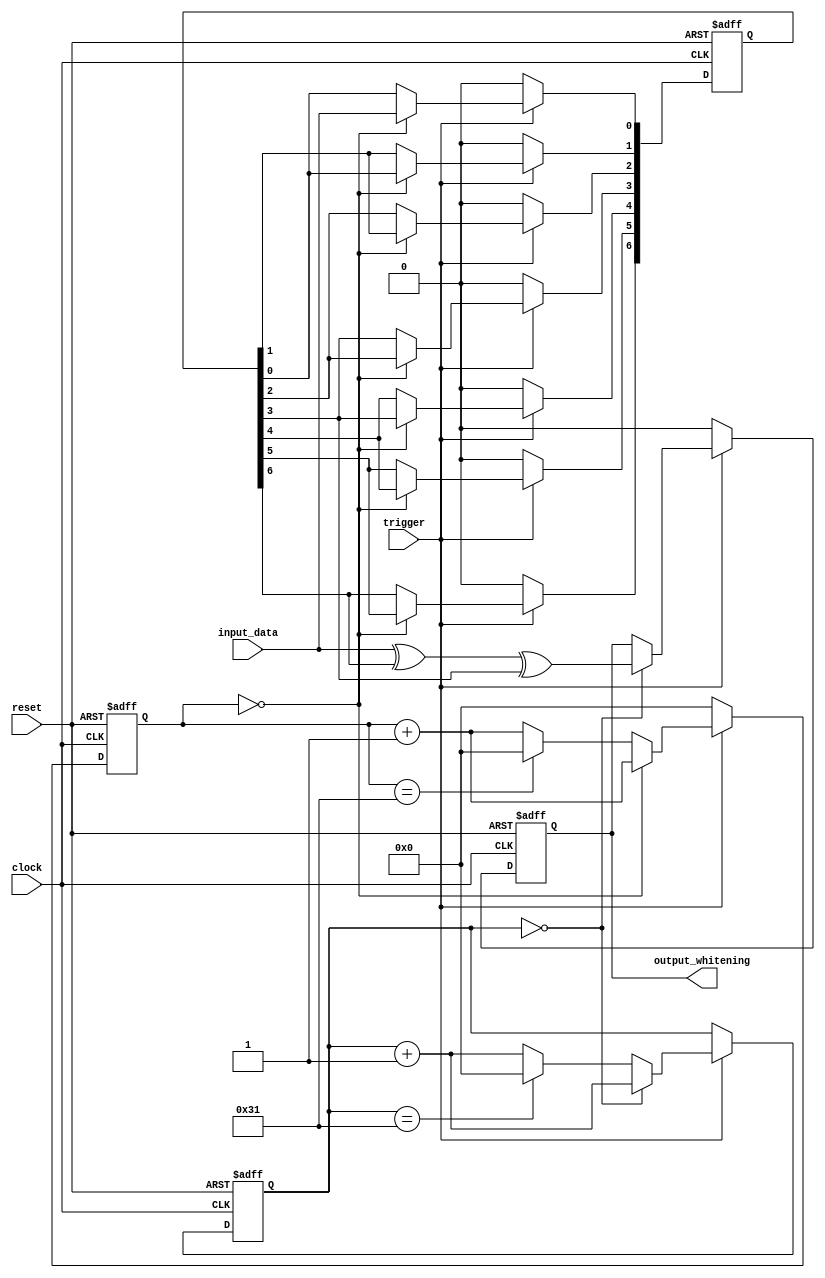
module whitening( clock, reset, input_data, trigger, output_whitening );
input clock, reset;
input trigger;
input input_data;
output reg output_whitening;

reg[15:0] counter;
reg[6:0] state;

always @(posedge clock or negedge reset)
begin
    if (!reset)
    begin
        counter <= 0;
        state[0] <= 0;
        state[1] <= 0;
        state[2] <= 0;
        state[3] <= 0;
        state[4] <= 0;
        state[5] <= 0;
        state[6] <= 0;
    end
    else if (trigger)
    begin
        if (counter==16'd0)
        begin
            counter <= counter+1;
            state[6] <= state[5];
            state[5] <= state[4];
            state[4] <= state[3];
            state[3] <= state[2];
            state[2] <= state[1];
            state[1] <= state[0];
            state[0] <= input_data;
        end
        else
        begin
            counter <= counter + 1;
            if (counter==16'd49)
                counter <= 0;
        end
    end
    else
    begin
        counter <= 0;
        state[0] <= 0;
        state[1] <= 0;
        state[2] <= 0;
        state[3] <= 0;
        state[4] <= 0;
        state[5] <= 0;
        state[6] <= 0;
    end
end

reg[15:0] output_counter;

always @(negedge clock or negedge reset)
begin
    if (!reset)
    begin
        output_whitening <= 0;
        output_counter <= 0;
    end
    else if (trigger)
    begin
        if (output_counter==16'd0)
        begin
            output_counter <= output_counter+1;
            output_whitening <= input_data ^ state[6] ^ state[3];
        end
        else
        begin
            output_counter <= output_counter + 1;
            if (output_counter==16'd49)
                output_counter <= 0;
        end
    end
    else
    begin
        output_whitening <= 0;
    end
end

endmodule